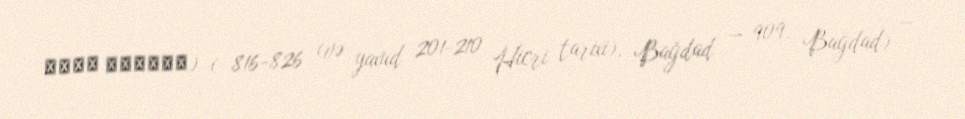
جنید بغدادی) ( 816-826 (və yaxud 201-210 Hicri tarixi), Bağdad — 909, Bağdad) —